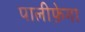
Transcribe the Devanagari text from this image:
पालीफ़ेगा